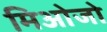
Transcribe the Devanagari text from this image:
मिओजो